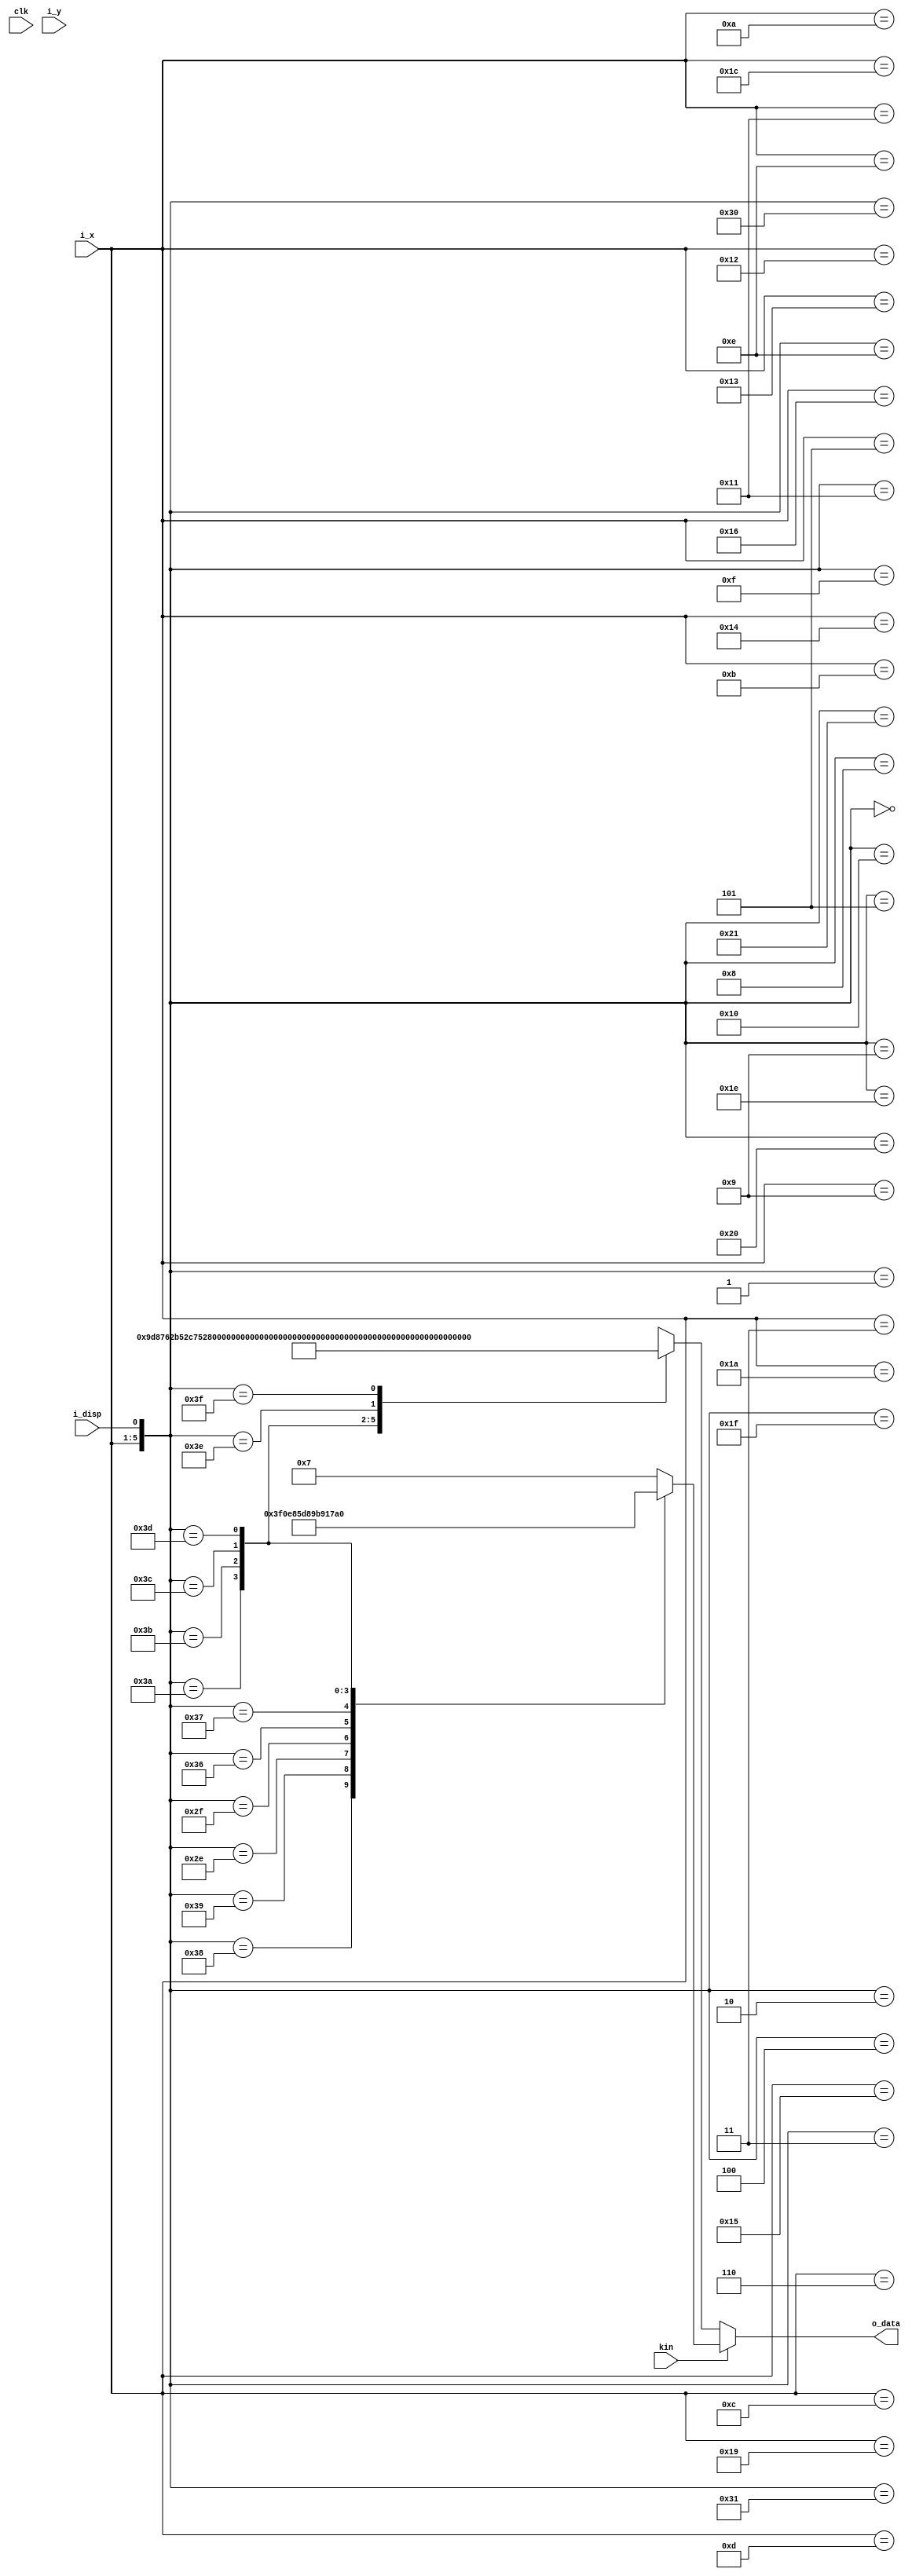
`timescale 1ns / 1ps

//5 bits to 6 bits Encoding Table 

module LUT_5_6(
    input           clk,
    input   [4:0]   i_x,        //  EDCBA
    output  [5:0]   o_data,     //  abcdei
    input 	        i_disp,
    input   [2:0]   i_y, 
    input           kin
    );
    reg [5:0] o_data_reg;
    assign o_data = o_data_reg;
    
    always @ (i_x) begin 
         if (kin == 0) begin
            casez({i_x,i_disp})
                6'b000000: o_data_reg <= 6'b100111;       //D.00
                6'b000001: o_data_reg <= 6'b011000;       
                6'b000010: o_data_reg <= 6'b011101;       //D.01       
                6'b000011: o_data_reg <= 6'b100010;       
                6'b000100: o_data_reg <= 6'b101101;       //D.02
                6'b000101: o_data_reg <= 6'b010010;       
                6'b00011?: o_data_reg <= 6'b110001;       //D.03
                6'b001000: o_data_reg <= 6'b110101;       //D.04
                6'b001001: o_data_reg <= 6'b001010;
                6'b00101?: o_data_reg <= 6'b101001;       //D.05
                6'b00110?: o_data_reg <= 6'b011001;       //D.06
                6'b001110: o_data_reg <= 6'b111000;       //D.07
                6'b001111: o_data_reg <= 6'b000111;
                6'b010000: o_data_reg <= 6'b111001;       //D.08
                6'b010001: o_data_reg <= 6'b000110;       
                6'b01001?: o_data_reg <= 6'b100101;       //D.09
                6'b01010?: o_data_reg <= 6'b010101;       //D.10
                6'b01011?: o_data_reg <= 6'b110100;       //D.11
                6'b01100?: o_data_reg <= 6'b001101;       //D.12
                6'b01101?: o_data_reg <= 6'b101100;       //D.13
                6'b01110?: o_data_reg <= 6'b011100;       //D.14
                6'b011110: o_data_reg <= 6'b010111;       //D.15
                6'b011111: o_data_reg <= 6'b101000;
                6'b100000: o_data_reg <= 6'b011011;       //D.16
                6'b100001: o_data_reg <= 6'b100100;
                6'b10001?: o_data_reg <= 6'b100011;        //D.17
                6'b10010?: o_data_reg <= 6'b010011;        //D.18 
                6'b10011?: o_data_reg <= 6'b110010;        //D.19
                6'b10100?: o_data_reg <= 6'b001011;        //D.20
                6'b10101?: o_data_reg <= 6'b101010;        //D.21
                6'b10110?: o_data_reg <= 6'b011010;        //D.22
                6'b101110: o_data_reg <= 6'b111010;        //D.23
                6'b101111: o_data_reg <= 6'b000101;        
                6'b110000: o_data_reg <= 6'b110011;        //D.24
                6'b110001: o_data_reg <= 6'b001100;
                6'b11001?: o_data_reg <= 6'b100110;        //D.25
                6'b11010?: o_data_reg <= 6'b010110;        //D.26
                6'b110110: o_data_reg <= 6'b110110;        //D.27
                6'b110111: o_data_reg <= 6'b001001;
                6'b11100?: o_data_reg <= 6'b001110;        //D.28
                6'b111010: o_data_reg <= 6'b101110;        //D.29
                6'b111011: o_data_reg <= 6'b010001;        
                6'b111100: o_data_reg <= 6'b011110;        //D.30
                6'b111101: o_data_reg <= 6'b100001;
                6'b111110: o_data_reg <= 6'b101011;        //D.31 
                6'b111111: o_data_reg <= 6'b010100;
                default: o_data_reg <= 6'b000111; //some balance stream   
            endcase     
         end else begin
            case({i_x,i_disp})
                6'b111000: o_data_reg <= 6'b001111;         //K.28
                6'b111001: o_data_reg <= 6'b110000;
                6'b101110: o_data_reg <= 6'b111010;         //K.23
                6'b101111: o_data_reg <= 6'b000101;
                6'b110110: o_data_reg <= 6'b110110;         //K.27 
                6'b110111: o_data_reg <= 6'b001001;
                6'b111010: o_data_reg <= 6'b101110;         //K.29
                6'b111011: o_data_reg <= 6'b010001;
                6'b111100: o_data_reg <= 6'b011110;         //K.30
                6'b111101: o_data_reg <= 6'b100001;
                default: o_data_reg <= 6'b000111;
            endcase 
         end 
    
 end    
    
endmodule